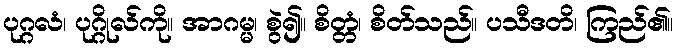
ပုဂ္ဂလံ၊ ပုဂ္ဂိုလ်ကို။ အာဂမ္မ၊ စွဲ၍။ စိတ္တံ၊ စိတ်သည်။ ပသီဒတိ၊ ကြည်၏။